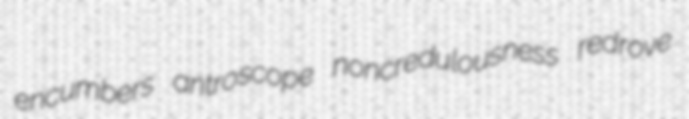
encumbers antroscope noncredulousness redrove